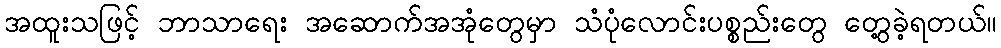
အထူးသဖြင့် ဘာသာရေး အဆောက်အအုံတွေမှာ သံပုံလောင်းပစ္စည်းတွေ တွေ့ခဲ့ရတယ်။